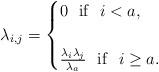
LaTeX: \begin{align*}\lambda_{i,j}=\begin{cases}0 ~~{\rm if}~~i<a,\\\\\frac{\lambda_{i}\lambda_{j}}{\lambda_a} ~~{\rm if}~~i\geq a.\\\end{cases}\end{align*}